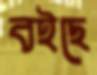
বইছে